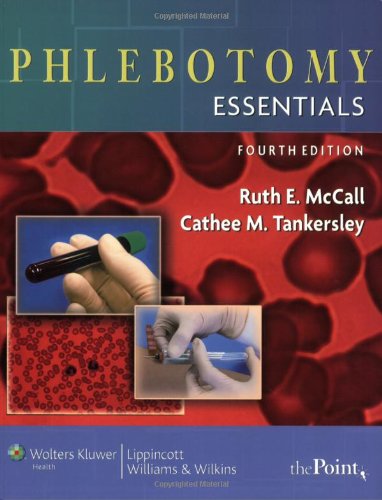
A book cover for Phlebotomy Essentials; Ruth E. McCall BS  MT(ASCP); Medical Books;